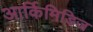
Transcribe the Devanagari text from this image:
आर्किमिडिज